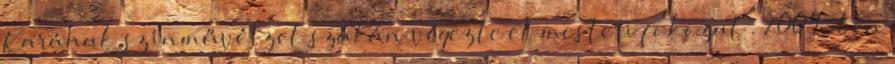
Karának színművészet szakán végezte el mesteri fokozat . 2009-ben